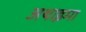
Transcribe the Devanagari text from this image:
अथाइमा